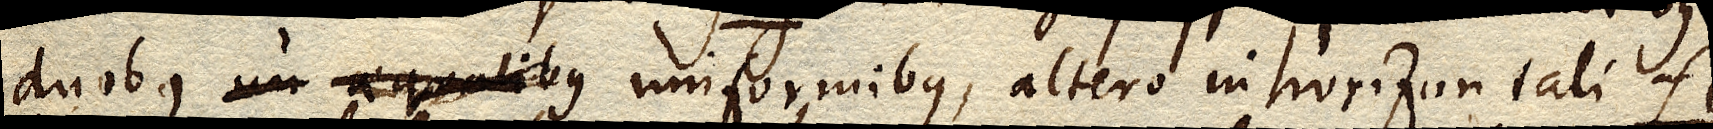
duobus un aequalibus uniformibus, altero in horizontali fi